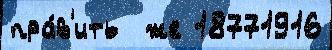
пра́в'ить  же 18771916